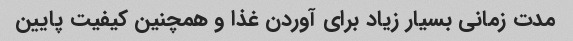
مدت زمانی بسیار زیاد برای آوردن غذا و همچنین کیفیت پایین